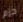
حزم